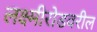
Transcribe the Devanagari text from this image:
लक्ष्मीरोडवरील